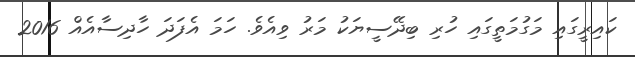
ކައިރީގައި މަގުމަތީގައި ހުރި ބިދޭސީޔަކު މަރު ވިއެވެ. ހަމަ އެފަދަ ހާދިސާއެއް 2016